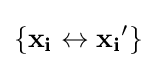
\{\mathbf {x_{i}} \leftrightarrow \mathbf {x_{i}} '\}